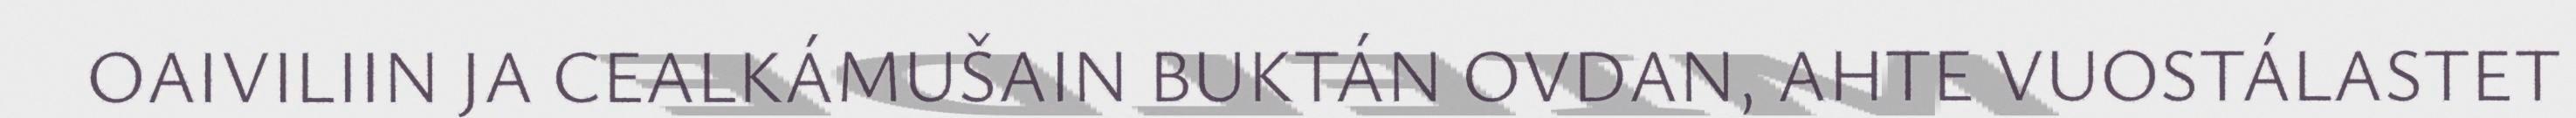
OAIVILIIN JA CEALKÁMUŠAIN BUKTÁN OVDAN, AHTE VUOSTÁLASTET